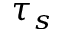
\tau _ { s }